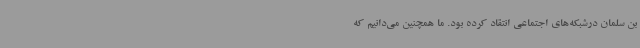
بن سلمان درشبکه‌های اجتماعی انتقاد کرده بود. ما همچنین می‌دانیم که